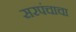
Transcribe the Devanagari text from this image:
सरपंचाचा